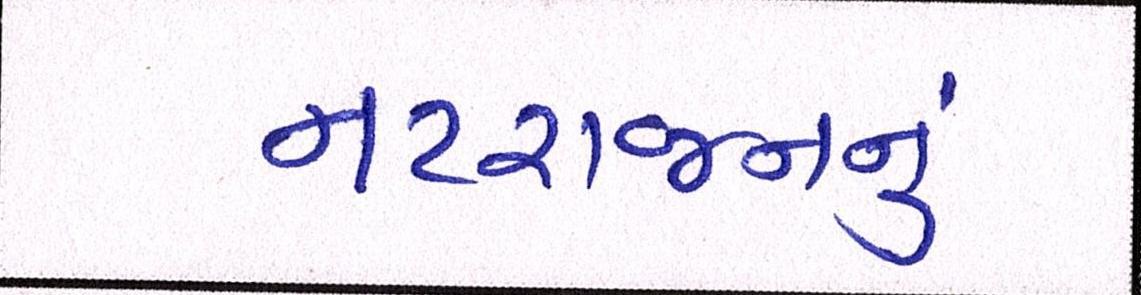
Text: નટરાજનનું